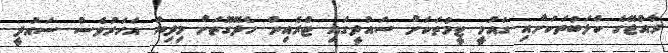
ރާއްޖޭގެ ކްލަބުތަކަށާއި ގައުމީ ޓީމުތަކަށް ސައުދީގައި ޓްރެއިން ހެދޭގޮތަށް މިދިޔަ އަހަރުވެސް ސައުދީ